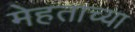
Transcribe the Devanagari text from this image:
मेहताच्या